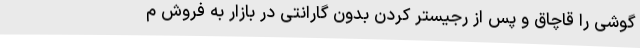
گوشی را قاچاق و پس از رجیستر کردن بدون گارانتی در بازار به فروش م